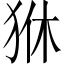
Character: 㹯